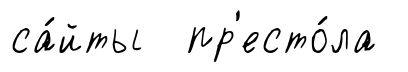
са́йты пр'есто́ла